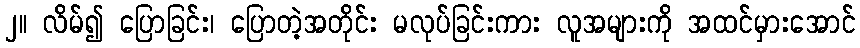
၂။ လိမ်၍ ပြောခြင်း၊ ပြောတဲ့အတိုင်း မလုပ်ခြင်းကား လူအများကို အထင်မှားအောင်